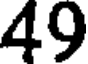
49